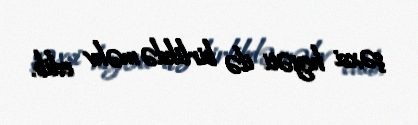
şəxsi heyəti ilə birlikdə məhv edib.